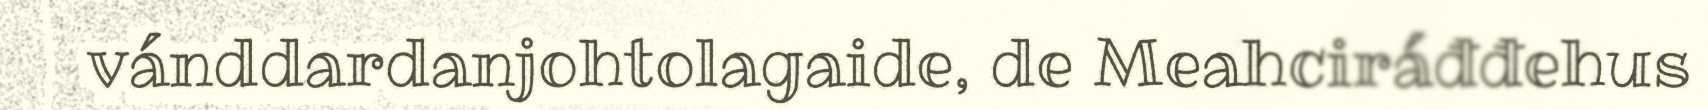
vánddardanjohtolagaide, de Meahciráđđehus